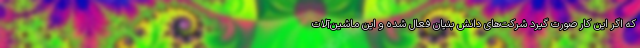
که اگر این کار صورت گیرد شرکت‌های دانش بنیان فعال شده و این ماشین‌آلات